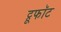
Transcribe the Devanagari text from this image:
ट्रूफॉट